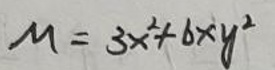
\[ M = 3x^{2}+6xy^{2} \]